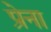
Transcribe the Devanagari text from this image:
प्रेना